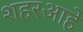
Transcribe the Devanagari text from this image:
शहरआहे